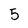
Character: 5